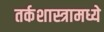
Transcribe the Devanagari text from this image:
तर्कशास्त्रामध्ये